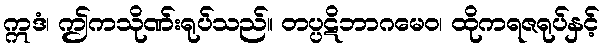
ဣဒံ၊ ဤကသိုဏ်းရုပ်သည်။ တပ္ပဋိဘာဂမေဝ၊ ထိုကရဇရုပ်နှင့်